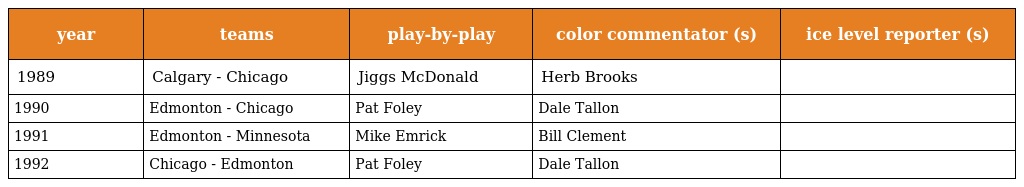
| year | teams | play-by-play | color commentator (s) | ice level reporter (s) |
 | --- | --- | --- | --- | --- |
 | 1989 | Calgary - Chicago | Jiggs McDonald | Herb Brooks |  |
 | 1990 | Edmonton - Chicago | Pat Foley | Dale Tallon |  |
 | 1991 | Edmonton - Minnesota | Mike Emrick | Bill Clement |  |
 | 1992 | Chicago - Edmonton | Pat Foley | Dale Tallon |  |